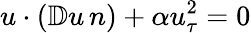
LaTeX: u\cdot(\mathbb{D}u\, n)+\alpha u_{\tau}^{2}=0